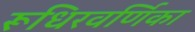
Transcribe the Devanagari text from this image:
रूधिरवर्णिका